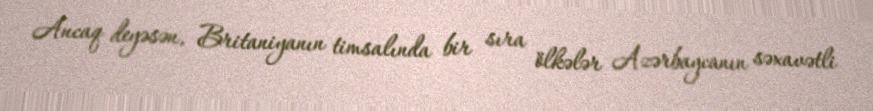
Ancaq deyəsən, Britaniyanın timsalında bir sıra ölkələr Azərbaycanın səxavətli